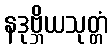
နဒုဗ္ဘိယသုတ္တံ